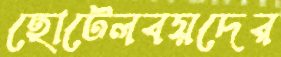
হোটেলবয়দের